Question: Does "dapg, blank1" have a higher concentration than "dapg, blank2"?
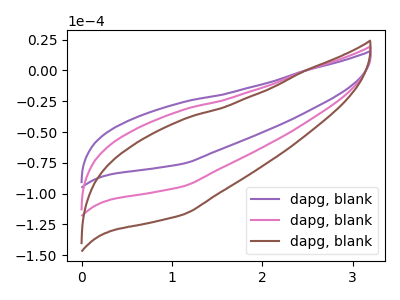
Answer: <think>The purple curve "dapg, blank1" has no peaks. The pink curve "dapg, blank2" has no peaks. The brown curve "dapg, blank3" has no peaks.
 Neither "dapg, blank1" or "dapg, blank2" have any peaks.</think>
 <answer>I cant tell if "dapg, blank1" or "dapg, blank2" has higher concentration.</answer>
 <eval>mixed_concentration</eval>